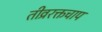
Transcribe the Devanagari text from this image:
तीव्ररक्तचाप